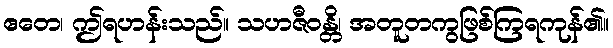
ဧတေ၊ ဤရဟန်းသည်။ သဟဇီဝန္တိ၊ အတူတကွဖြစ်ကြရကုန်၏။